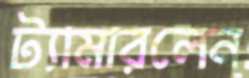
ট্যামারলেন